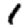
Digit: 1